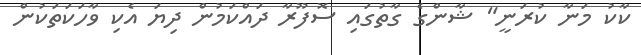
ކާކު މަނާ ކުރަނީ" ޝާންގެ ގާތުގައި ސޮފޫރާ ދައްކަމުން ދިޔަ އެކި ވާހަކަތަކުން